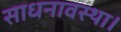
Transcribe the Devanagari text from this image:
साधनावस्था।